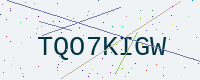
Text: TQO7KIGW